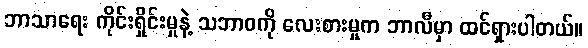
ဘာသာရေး ကိုင်းရှိုင်းမှုနဲ့ သဘာဝကို လေးစားမှုက ဘာလီမှာ ထင်ရှားပါတယ်။